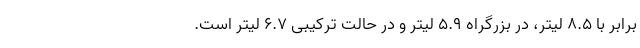
برابر با 8.5 لیتر، در بزرگراه 5.9 لیتر و در حالت ترکیبی 6.7 لیتر است.